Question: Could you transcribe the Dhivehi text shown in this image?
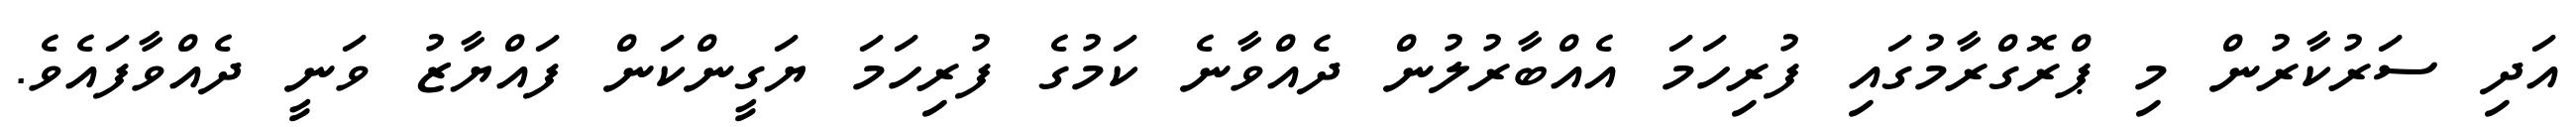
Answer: އަދި ސަރުކާރުން މި ޕްރޮގްރާމުގައި ފުރިހަމަ އެއްބާރުލުން ދެއްވާނެ ކަމުގެ ފުރިހަމަ ޔަގީންކަން ފައްޔާޒު ވަނީ ދެއްވާފައެވެ.